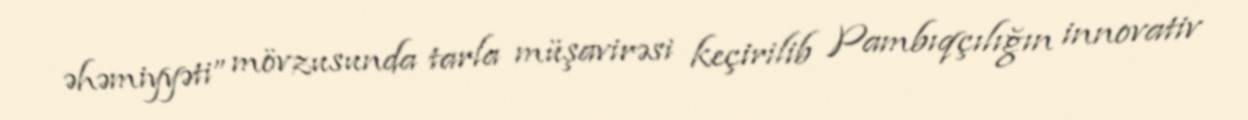
əhəmiyyəti” mövzusunda tarla müşavirəsi keçirilib Pambıqçılığın innovativ